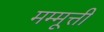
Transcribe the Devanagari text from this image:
मम्मूत्ती